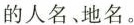
的人名、地名。